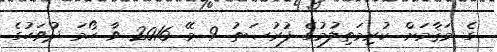
ގެ މަޤާމަށް ކުރިމަތިލުމުގެ ފުރުޞަތު 9 މޭ 2016 ވާ ހޯމަ ދުވަހުގެ